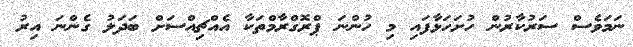
ނަމަވެސް ސަރުކާރުން ހުށަހަޅާފައި މި ހުންނަ ޕްރޮގްރާމްތަކާ އެއްޗިއްސަށް ބަދަލު ގެންނަ އިރު